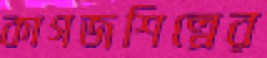
কাগজশিল্পের